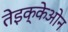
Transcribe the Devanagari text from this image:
तेइक्केओन